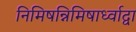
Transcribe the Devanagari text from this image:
निमिषन्निमिषार्ध्वाद्वा